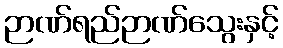
ဉာဏ်ရည်ဉာဏ်သွေးနှင့်